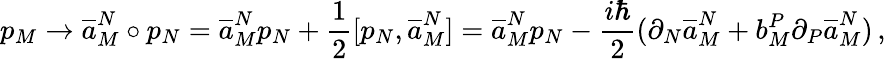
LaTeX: p_{M}\to\overline{{{a}}}_{M}^{N}\circ p_{N}=\overline{{{a}}}_{M}^{N}p_{N}+\frac{1}{2}[p_{N},\overline{{{a}}}_{M}^{N}]=\overline{{{a}}}_{M}^{N}p_{N}-\frac{i\hbar}{2}(\partial_{N}\overline{{{a}}}_{M}^{N}+b_{M}^{P}\partial_{P}\overline{{{a}}}_{M}^{N})\, ,